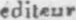
editeur